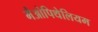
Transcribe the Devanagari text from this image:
मैओपिथेलियम